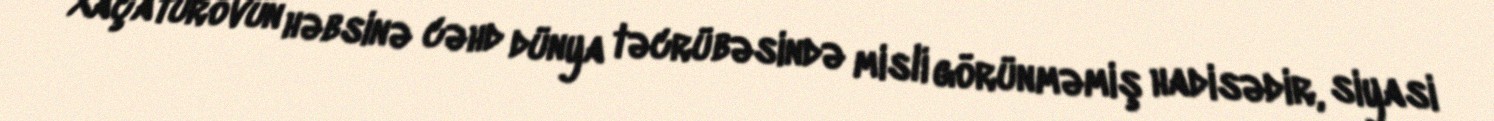
Xaçaturovun həbsinə cəhd dünya təcrübəsində misli görünməmiş hadisədir, siyasi